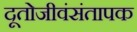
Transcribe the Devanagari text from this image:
दूतोजीवंसंतापक